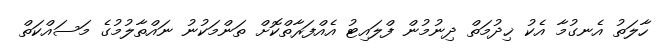
ހާލަތު އެނގުމާ އެކު ޚިދުމަތް ދިނުމުން ފްލައިޓު އެއްފަރާތްކޮށް ތަންމަކުނު ނައްތާލުމުގެ މަސައްކަތް